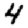
Digit: 4